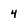
Character: 4